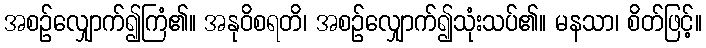
အစဉ်လျှောက်၍ကြံ၏။ အနုဝိစရတိ၊ အစဉ်လျှောက်၍သုံးသပ်၏။ မနသာ၊ စိတ်ဖြင့်။